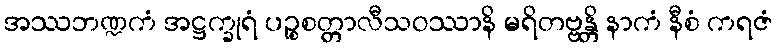
အဿဘဏ္ဍကံ အဋ္ဌက္ခုရံ ပဉ္စစတ္တာလီသဝဿာနိ မရိတဗ္ဗန္တိ နာကံ နီစံ ကရဇံ